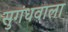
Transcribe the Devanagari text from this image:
सुगंधवाला